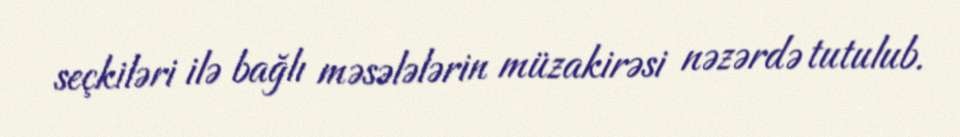
seçkiləri ilə bağlı məsələlərin müzakirəsi nəzərdə tutulub.